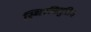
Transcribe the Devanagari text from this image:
स्थिरविद्युतिय